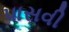
પાસવી